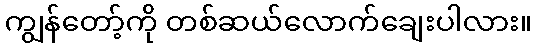
ကျွန်တော့်ကို တစ်ဆယ်လောက်ချေးပါလား။